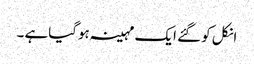
انکل کو گئے ایک مہینہ ہوگیاہے ۔